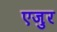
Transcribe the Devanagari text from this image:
एजुर